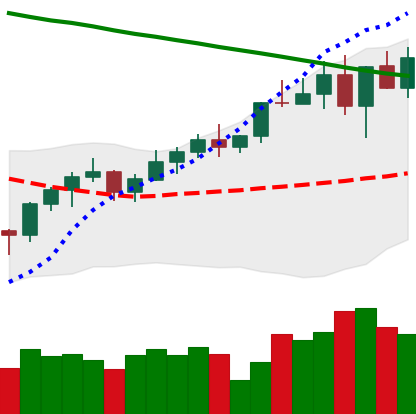
Ticker: BNB-USD
Chart end date: 2022-04-03
Forward return: -6.366%
Label: down_5_7